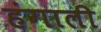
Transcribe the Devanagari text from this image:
हंगाली